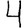
Digit: 4